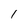
Character: l